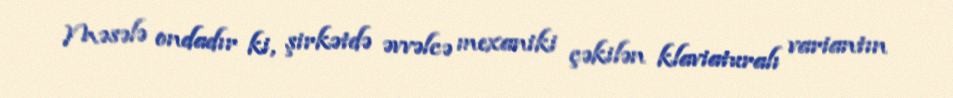
Məsələ ondadır ki, şirkətdə əvvəlcə mexaniki çəkilən klaviaturalı variantın